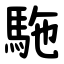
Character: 駞